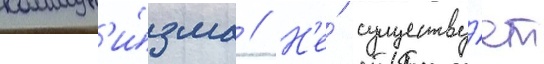
коммун'и́зма // Н'е́ существу́ет